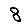
Digit: 8